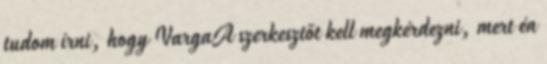
tudom írni, hogy VargaA szerkesztőt kell megkérdezni, mert én